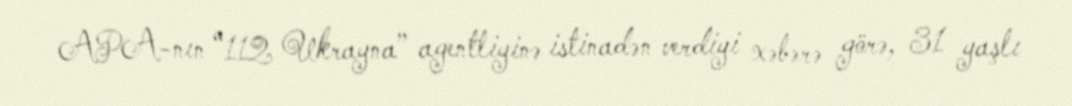
APA-nın “112 Ukrayna” agentliyinə istinadən verdiyi xəbərə görə, 31 yaşlı